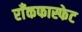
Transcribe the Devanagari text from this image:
राँकफास्फेट